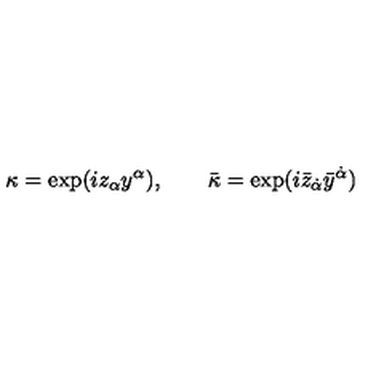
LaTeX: \kappa = \exp ( i z _ { \alpha } y ^ { \alpha } ) , \qquad \bar { \kappa } = \exp ( i \bar { z } _ { \dot { \alpha } } \bar { y } ^ { \dot { \alpha } } )